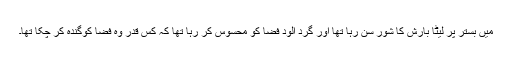
میں بستر پر لیٹا بارش کا شور سن رہا تھا اور گرد آلود فضا کو محسوس کر رہا تھا کہ کس قدر وہ فضا کوگندہ کر چکا تھا۔